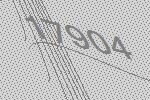
17904